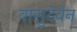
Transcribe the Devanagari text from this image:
वासुदेवेन